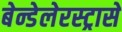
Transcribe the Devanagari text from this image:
बेन्डेलेरस्ट्रासे